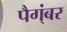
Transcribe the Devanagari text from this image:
पैग्ंबर